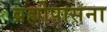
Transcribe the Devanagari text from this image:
ब्रह्मोपासना